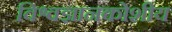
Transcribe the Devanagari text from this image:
विश्वज्ञानकोशीय